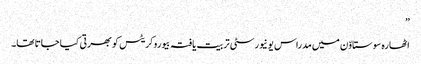
”
اٹھارہ سوستاوّن میں مدراس یونیورسٹی تربیت یافتہ بیوروکریٹس کو بھرتی کیا جاتا تھا۔